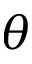
\theta